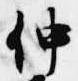
仲